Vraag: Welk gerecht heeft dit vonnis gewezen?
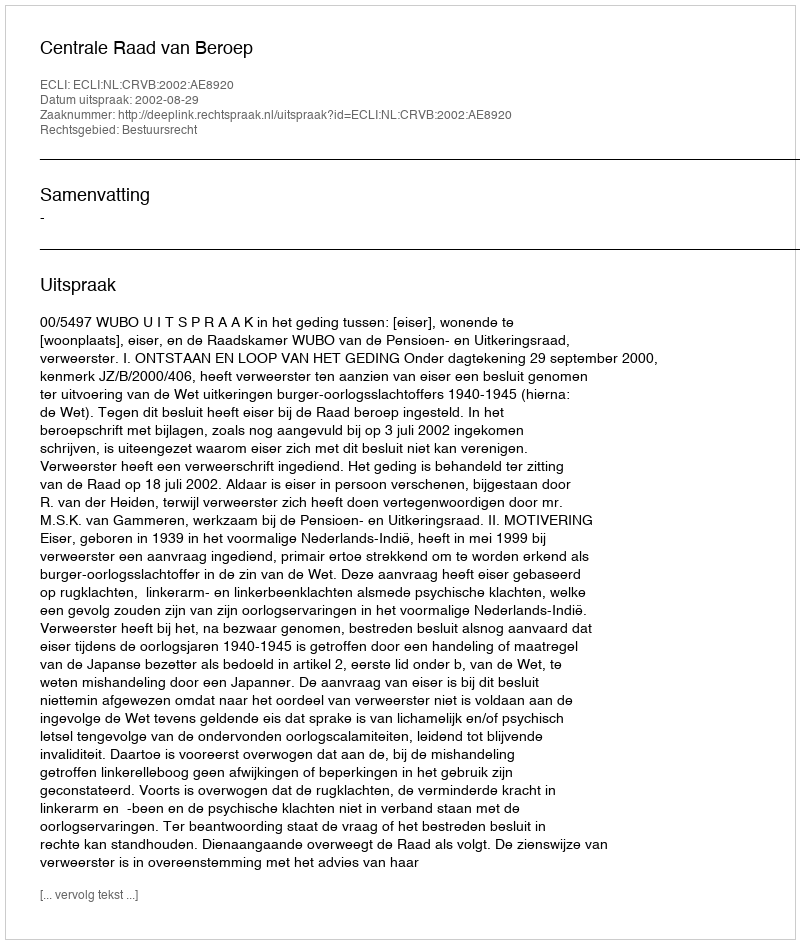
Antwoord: Centrale Raad van Beroep